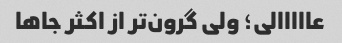
عااااالی؛ ولی گرون‌تر از اکثر جاها